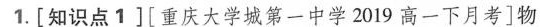
1.[知识点1][重庆大学城第一中学2019高一下月考]物